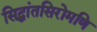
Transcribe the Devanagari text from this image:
सिद्धांतसिरोमणि